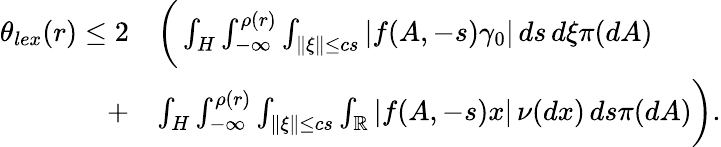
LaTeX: \begin{array}{rl}{\theta_{lex}(r)\leq 2}&{\bigg(\int_{H}\int_{-\infty}^{\rho(r)}\int_{\| \xi\| \leq cs}|f(A,-s)\gamma_{0}|\, ds\, d\xi\pi(dA)}\\ {+}&{\int_{H}\int_{-\infty}^{\rho(r)}\int_{\| \xi\| \leq cs}\int_{\mathbb{R}}|f(A,-s)x|\, \nu(dx)\, ds\pi(dA)\bigg).}\end{array}